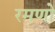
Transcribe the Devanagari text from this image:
रमणो